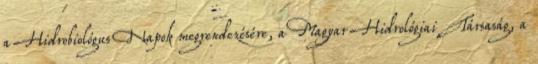
a Hidrobiológus Napok megrendezésére, a Magyar Hidrológiai Társaság, a